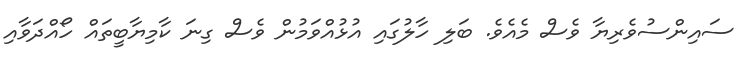
ސައިންސުވެރިޔާ ވެސް މެއެވެ. ބަލި ހާލުގައި އުޅުއްވަމުން ވެސް ގިނަ ކާމިޔާބީތައް ހޯއްދަވާއި